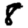
Digit: 8